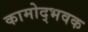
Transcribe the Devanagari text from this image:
कामोद्भवक